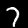
Digit: 7